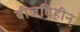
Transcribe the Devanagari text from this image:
बीजविहीन